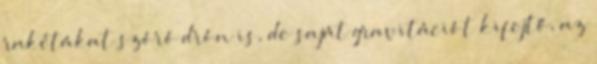
rakétákat szóró drón is, de saját gravitációt kifejtő, az